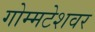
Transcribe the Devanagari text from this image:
गोम्मटेशवर